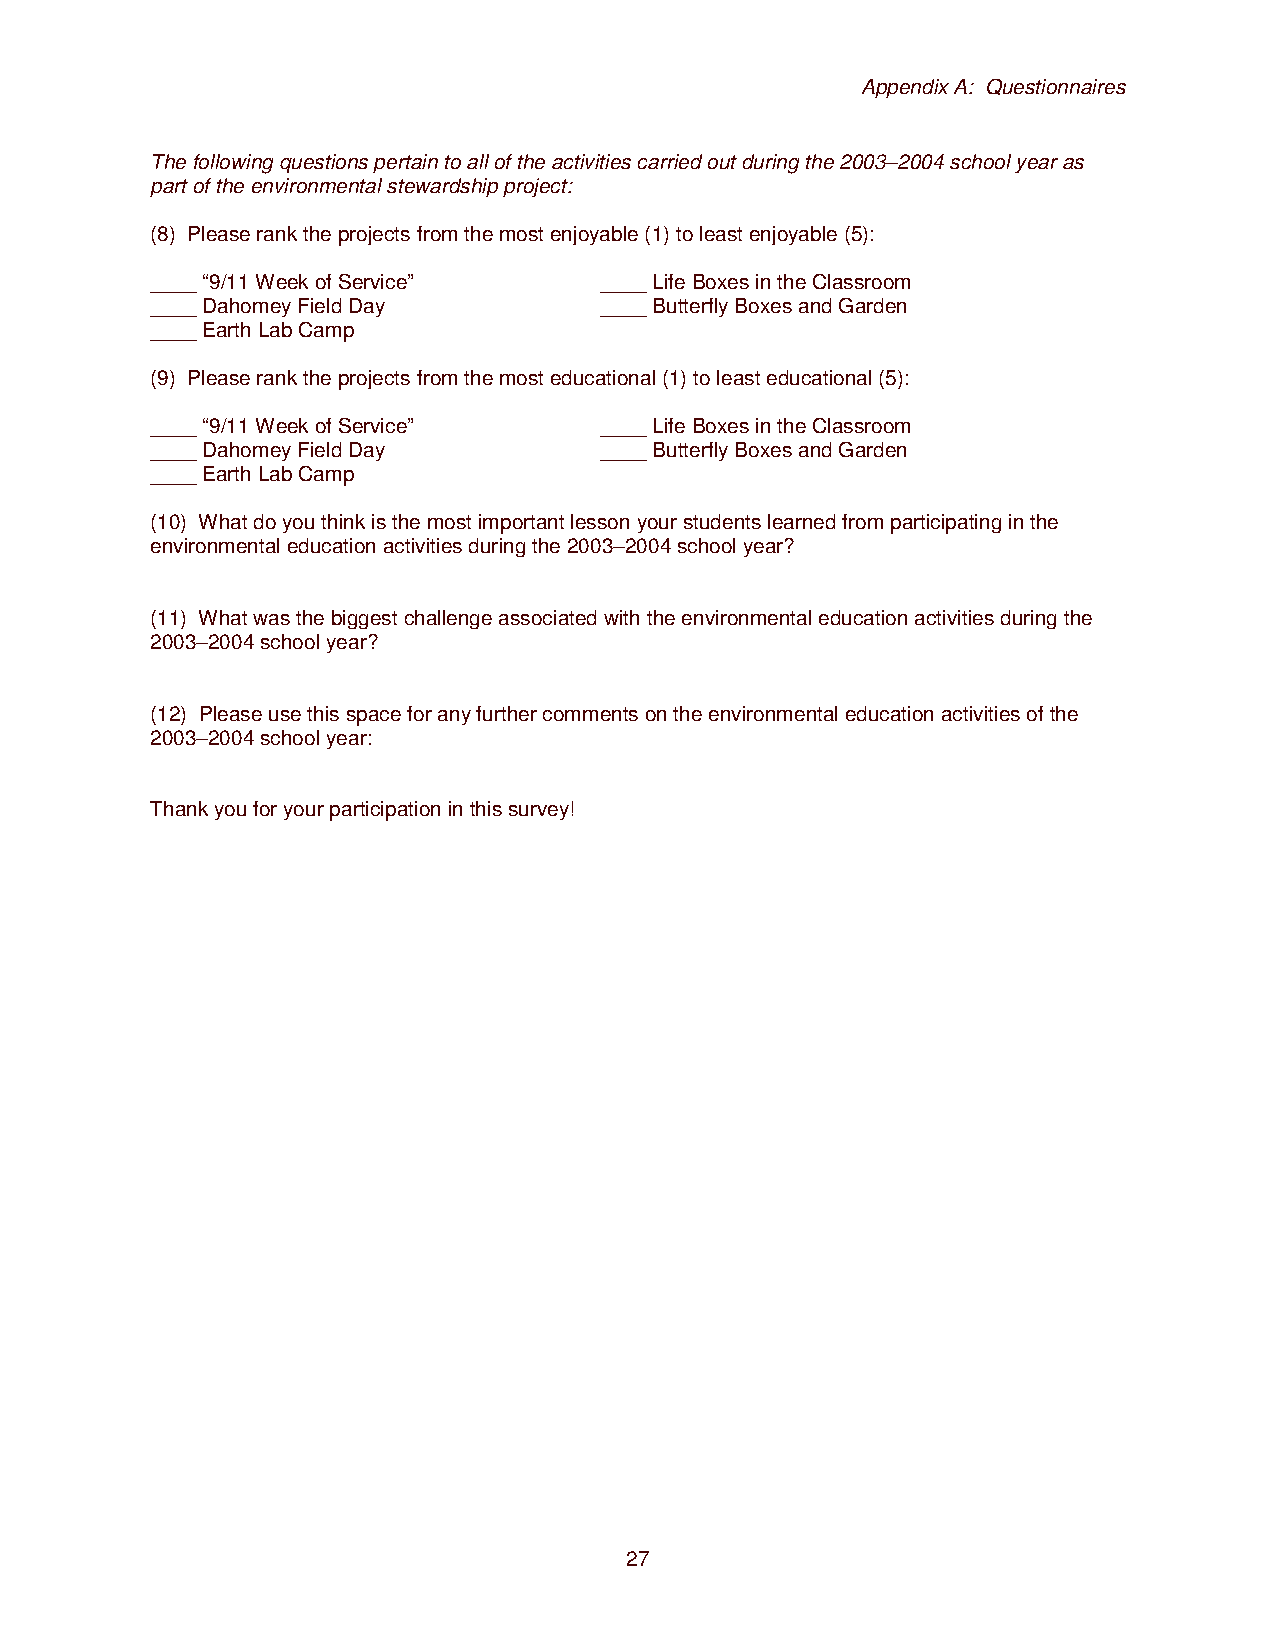
Appendix A: Questionnaires
 The following questions pertain to all of the activities carried out during the 2003–2004 school year as
 part of the environmental stewardship project:
 (8) Please rank the projects from the most enjoyable (1) to least enjoyable (5):
 ____ “9/11 Week of Service”   ____ Life Boxes in the Classroom
 ____ Dahomey Field Day        ____ Butterfly Boxes and Garden
 ____ Earth Lab Camp
 (9) Please rank the projects from the most educational (1) to least educational (5):
 ____ “9/11 Week of Service”   ____ Life Boxes in the Classroom
 ____ Dahomey Field Day        ____ Butterfly Boxes and Garden
 ____ Earth Lab Camp
 (10) What do you think is the most important lesson your students learned from participating in the
 environmental education activities during the 2003–2004 school year?
 (11) What was the biggest challenge associated with the environmental education activities during the
 2003–2004 school year?
 (12) Please use this space for any further comments on the environmental education activities of the
 2003–2004 school year:
 Thank you for your participation in this survey!
 27